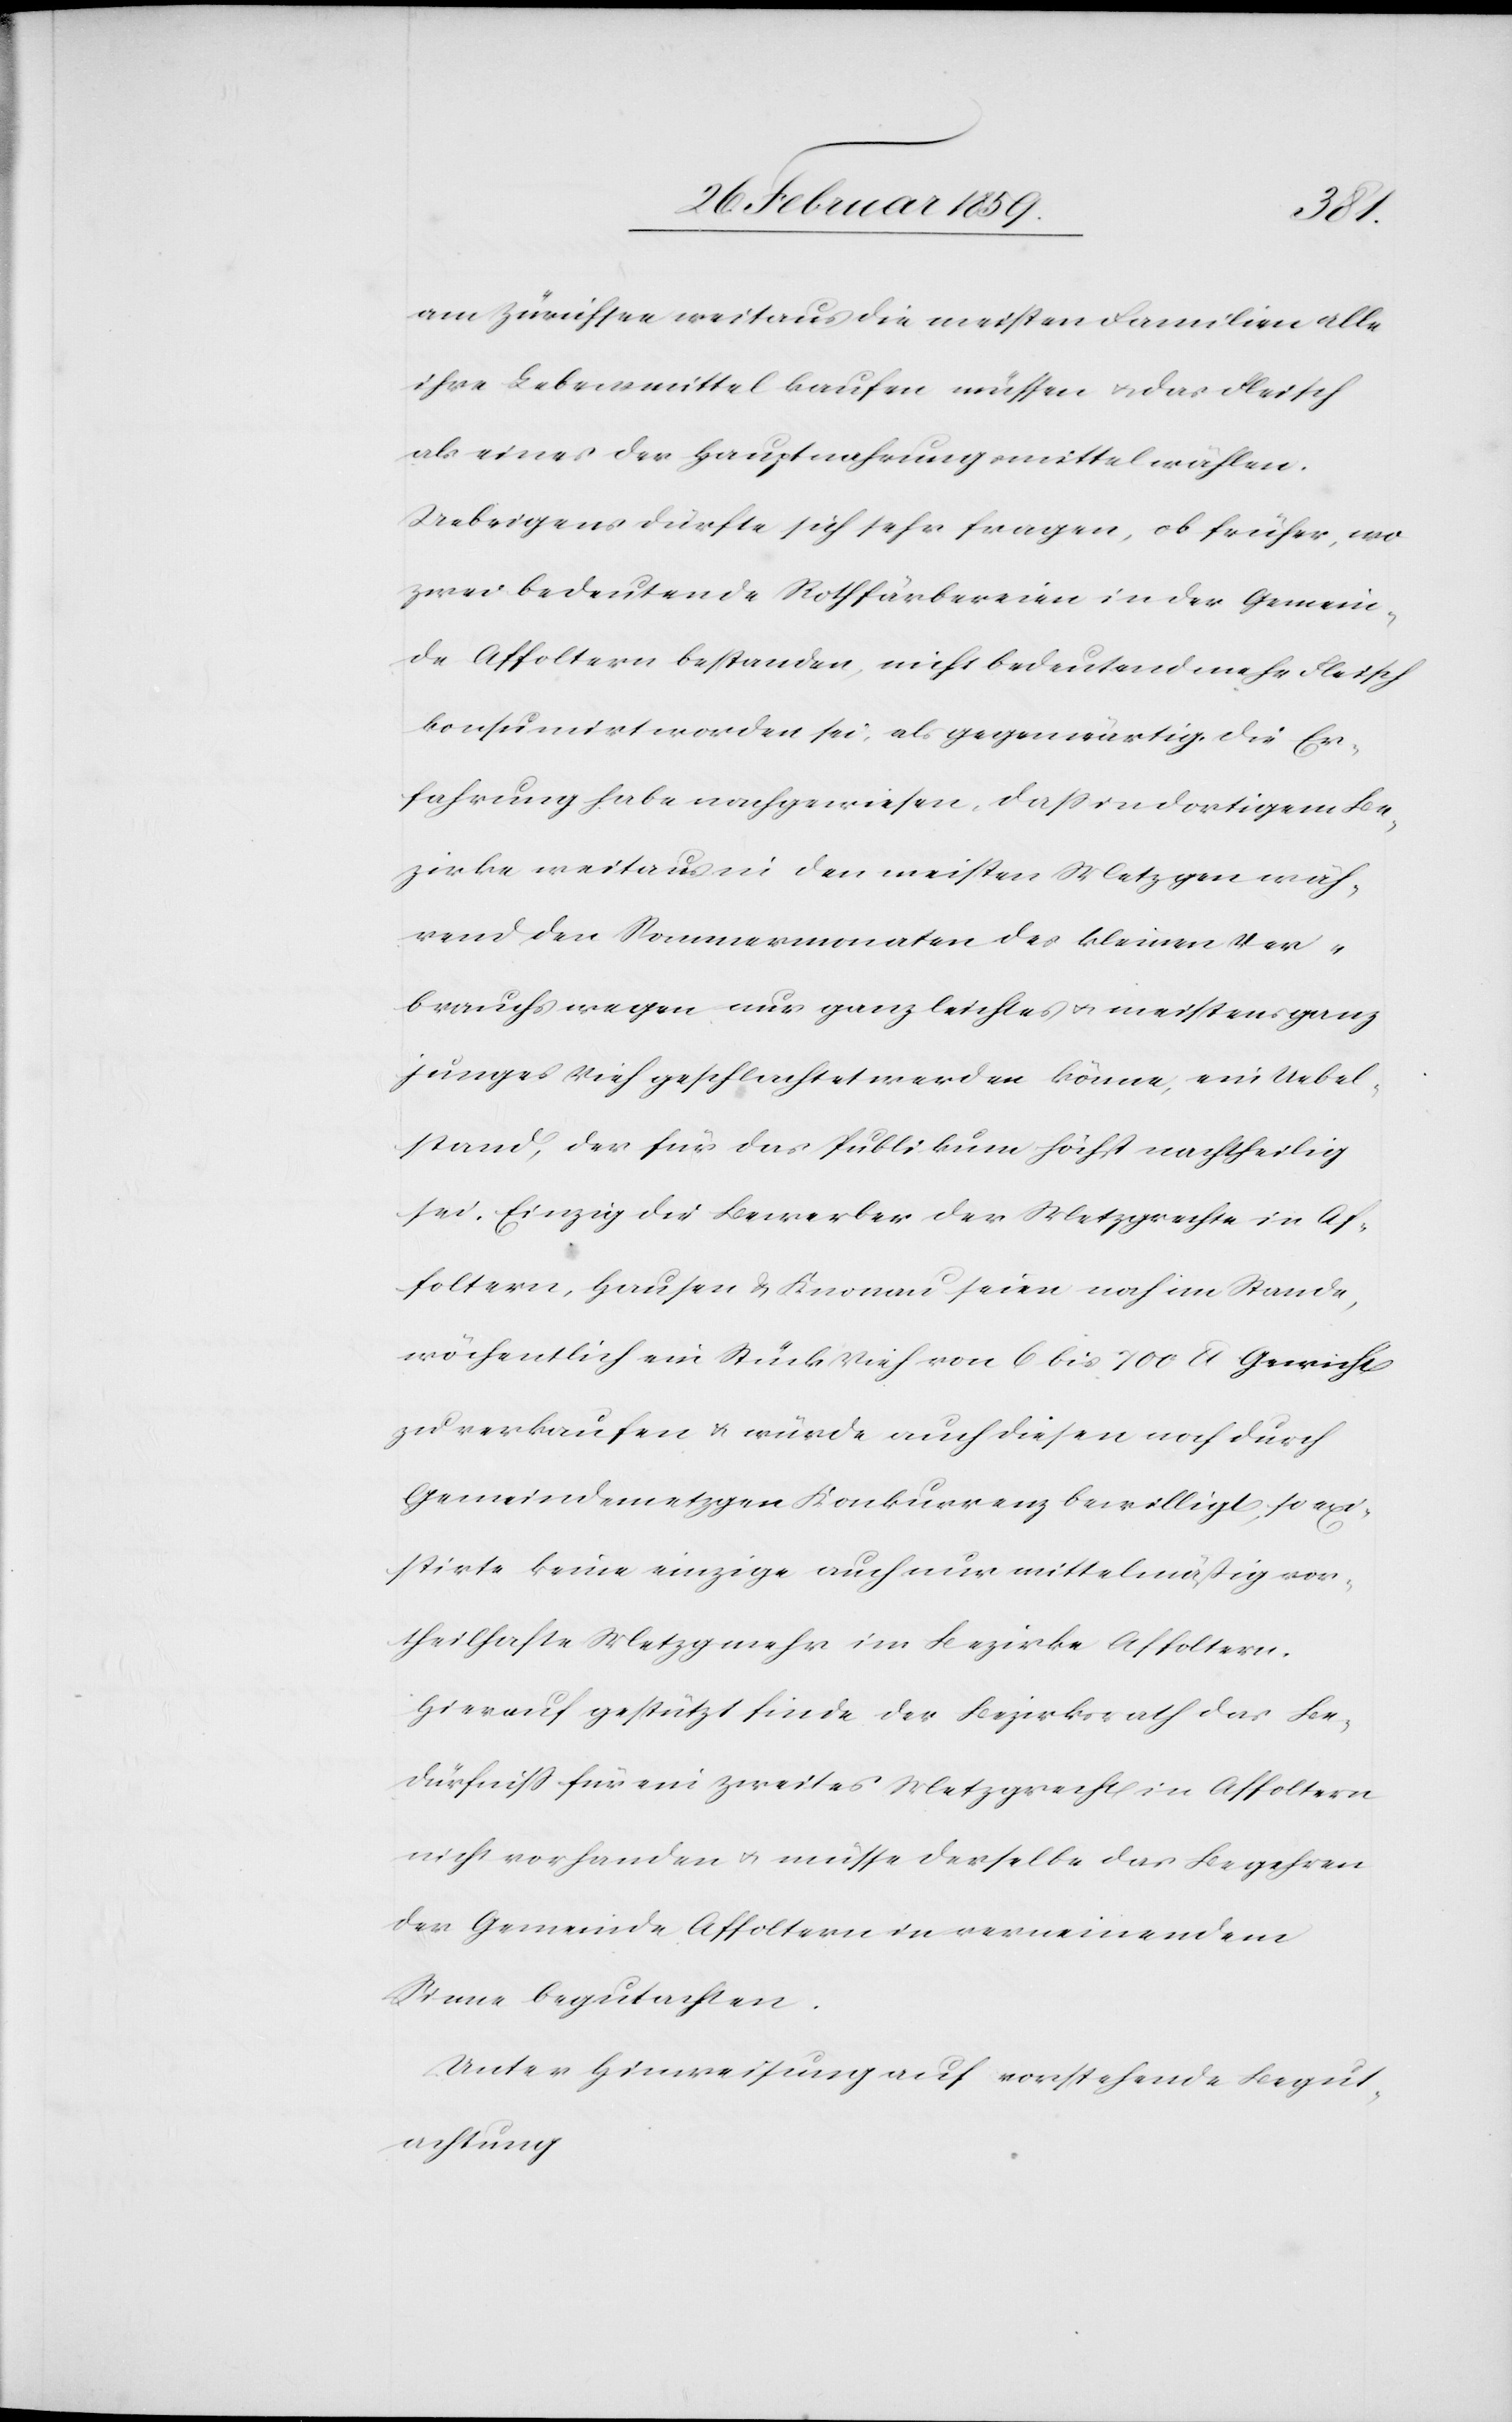
am Zürichsee weitaus die meisten Familien alle
ihre Lebensmittel kaufen müssen u. das Fleisch
als eines der Hauptnahrungsmittel wählen.
Uebrigens dürfe sich sehr fragen, ob früher, wo
zwei bedeutende Rothfärbereien in der Gemein¬
de Affoltern bestanden, nicht bedeutend mehr Fleisch
konsumirt worden sei, als gegenwärtig, die Er¬
fahrung habe nachgewiesen, daß in dortigem Be¬
zirke weitaus in den meisten Metzgen wäh¬
rend den Sommermonaten des kleinen Ver¬
brauchs wegen nur ganz leichtes u. meistens ganz
junges Vieh geschlachtet werden könne, ein Uebel¬
stand, der für das Publikum höchst nachtheilig
sei. Einzig die Bewerber der Metzgrechte in Af¬
foltern, Hausen & Knonau seien noch im Stande,
wöchentlich ein Stück Vieh von 6 bis 700 lb Gewicht
zu verkaufen u. würde auch diesen noch durch
Gemeindemetzgen Konkurrenz bewilligt, so exi¬
stirte keine einzige auch nur mittelmäßig vor¬
theilhafte Metzg mehr im Bezirke Affoltern.
Hierauf gestützt finde der Bezirksrath das Be¬
dürfniß für ein zweites Metzgrecht in Affoltern
nicht vorhanden u. müsse derselbe das Begehren
der Gemeinde Affoltern in verneinendem
Sinne begutachten.
Unter Hinweisung auf vorstehende Begut¬
achtung